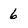
Character: 6